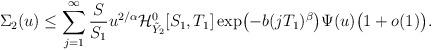
LaTeX: \begin{align*} \Sigma_2(u)\le\sum_{j=1}^\infty\frac{S}{S_1}u^{{2}/{\alpha}}\mathcal{H} _{\tilde{Y}_2}^0[S_1,T_1]\exp \bigl(-b(jT_1)^{\beta} \bigr)\Psi(u) \bigl(1+o(1)\bigr).\end{align*}